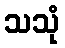
သသုံ